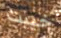
خيبت